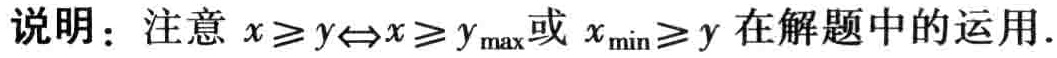
说明：注意 \(x\geqslant y\Leftrightarrow x\geqslant y_{\max}\)或 \(x_{\min}\geqslant y\)在解题中的运用.